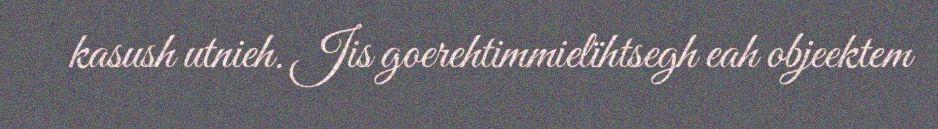
kasush utnieh. Jis goerehtimmielïhtsegh eah objeektem